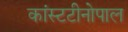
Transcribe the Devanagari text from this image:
कांस्टटीनोपाल